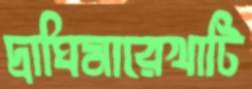
দ্রাঘিমারেখাটি